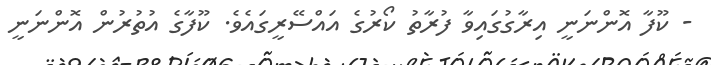
- ކޫފާ އޮންނަނީ އިރާގުގައިވާ ފުރާތު ކޯރުގެ އައްސޭރީގައެވެ. ކޫފާގެ އުތުރުން އޮންނަނީ